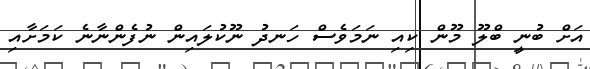
އަށް ބުނީ ބްލޫ މޫން ކިއި ނަމަވެސް ހަނދު ނޫކުލައިން ނުފެންނާނެ ކަމަށާއި